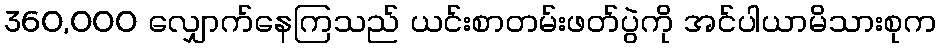
360,000 လျှောက်နေကြသည် ယင်းစာတမ်းဖတ်ပွဲကို အင်ပါယာမိသားစုက